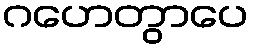
ဂဟေတွာပေ